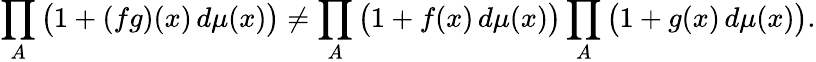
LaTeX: \prod_{A}{\big(}1+(fg)(x)\, d\mu(x){\big)}\neq\prod_{A}{\big(}1+f(x)\, d\mu(x){\big)}\prod_{A}{\big(}1+g(x)\, d\mu(x){\big)}.